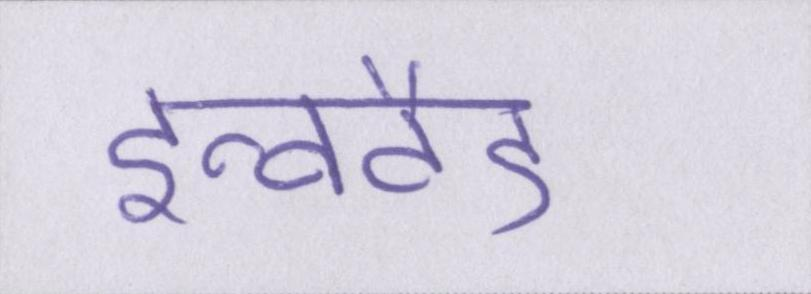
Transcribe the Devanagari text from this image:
इन्वर्टेड